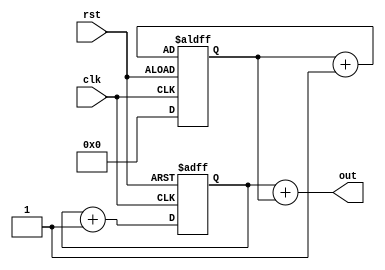
///////////////////////////////////////////////////////////////////////////////////////////
// Design Name: Dual Edge Binary Counter
// Reference: https://www.youtube.com/watch?v=zmOy5XPrjQk
///////////////////////////////////////////////////////////////////////////////////////////
`timescale 1ns / 1ps

module dual_edge_counter(clk, rst, out);

    input  wire clk;
    input  wire rst;
    output wire [3:0]out;
    
    reg [3:0]count;
    reg [3:0]countb;
        
    always@(posedge clk or posedge rst)
        begin   
            if(rst)begin
                count <= 4'h0;
            end else begin
                count <= count + 1;
            end      
        end
        
    always@(negedge clk or negedge rst)
        begin   
            if(rst)begin
                countb <= 4'h0;
            end else begin
                countb <= countb + 1;
            end      
        end
    
    assign out = count + countb;
endmodule